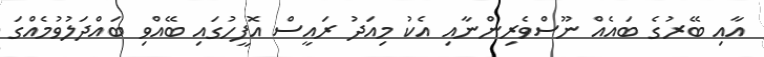
އާއި ބޭރުގެ ބައެއް ނޫސްވެރިންނާއި އެކު މިއަދު ރައީސް އޮފީހުގައި ބޭއްވި ބައްދަލުވުމެއްގަ